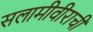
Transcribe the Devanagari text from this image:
सलामीवीराची